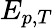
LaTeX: E_{p,T}